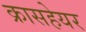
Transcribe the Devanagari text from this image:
क्रासहेयर